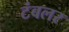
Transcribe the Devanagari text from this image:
टंबलर